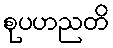
စုပဟညတိ